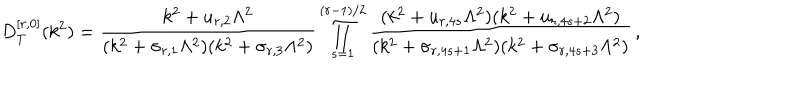
LaTeX: D _ { T } ^ { [ r , 0 ] } ( k ^ { 2 } ) = \frac { k ^ { 2 } + u _ { r , 2 } \Lambda ^ { 2 } } { ( k ^ { 2 } + \sigma _ { r , 1 } \Lambda ^ { 2 } ) ( k ^ { 2 } + \sigma _ { r , 3 } \Lambda ^ { 2 } ) } \prod _ { s = 1 } ^ { ( r - 1 ) / 2 } \frac { ( k ^ { 2 } + u _ { r , 4 s } \Lambda ^ { 2 } ) ( k ^ { 2 } + u _ { r , 4 s + 2 } \Lambda ^ { 2 } ) } { ( k ^ { 2 } + \sigma _ { r , 4 s + 1 } \Lambda ^ { 2 } ) ( k ^ { 2 } + \sigma _ { r , 4 s + 3 } \Lambda ^ { 2 } ) } \, ,